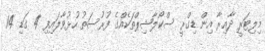
މިލިޓަރީ ދާއިރާ އިން ޑިގްރީ ސްކޯލާޝިޕްތަކެއްގެ ފުރުސަތު ހުޅުވާލައިފި 4 ގަޑި 14